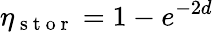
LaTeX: \eta_{\mathrm{~s~t~o~r~}}=1-e^{-2d}